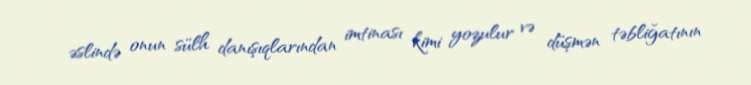
əslində onun sülh danışıqlarından imtinası kimi yozulur və düşmən təbliğatının